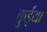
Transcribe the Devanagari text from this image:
कुईंया